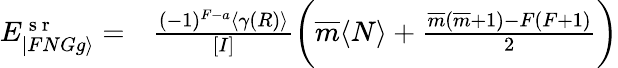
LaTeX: \begin{array}{rl}{E_{|FNGg\rangle}^{\mathrm{~s~r~}}=}&{{}\frac{(-1)^{F-a}\langle\gamma(R)\rangle}{[I]}\bigg(\overline{{m}}\langle N\rangle+\frac{\overline{{m}}(\overline{{m}}+1)-F(F+1)}{2}\bigg)}\end{array}